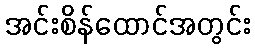
အင်းစိန်ထောင်အတွင်း